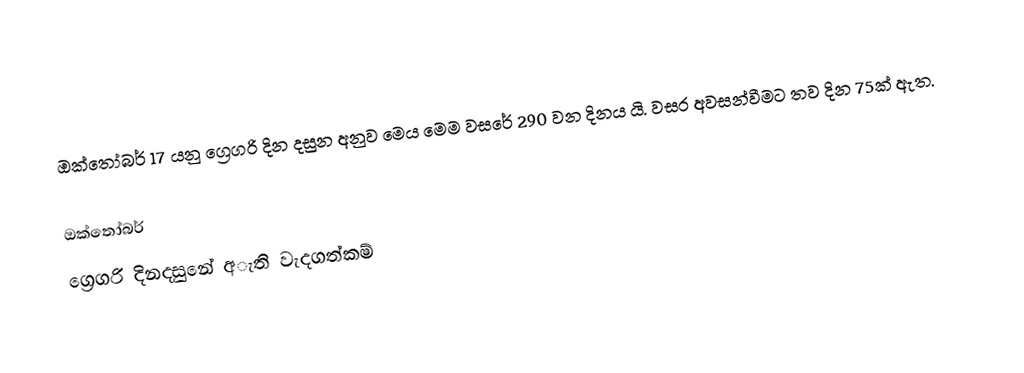
ඔක්තෝබර් 17 යනු ග්‍රෙගරි දින දසුන අනුව මෙය මෙම වසරේ 290 වන දිනය යි. වසර අවසන්වීමට තව දින 75ක් ඇත.

ඔක්තෝබර්
ග්‍රෙගරි දිනදසුනේ අැති වැදගත්කම්